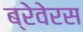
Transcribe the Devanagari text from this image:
ब्रेवेरस